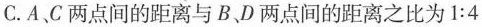
C.A、C两点间的距离与B、D两点间的距离之比为1:4